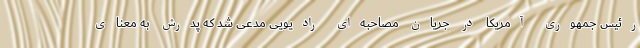
رئیس جمهوری آمریکا در جریان مصاحبه‌ای رادیویی مدعی شد که پدرش به معنای